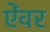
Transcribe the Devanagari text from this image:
ऐंवर